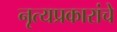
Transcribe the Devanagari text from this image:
नृत्यप्रकारांचे